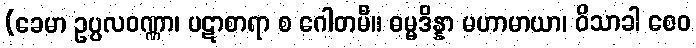
(ခေမာ ဥပ္ပလဝဏ္ဏာ၊ ပဋာစာရာ စ ဂေါတမီ။ ဓမ္မဒိန္နာ မဟာမာယာ၊ ဝိသာခါ စေဝ